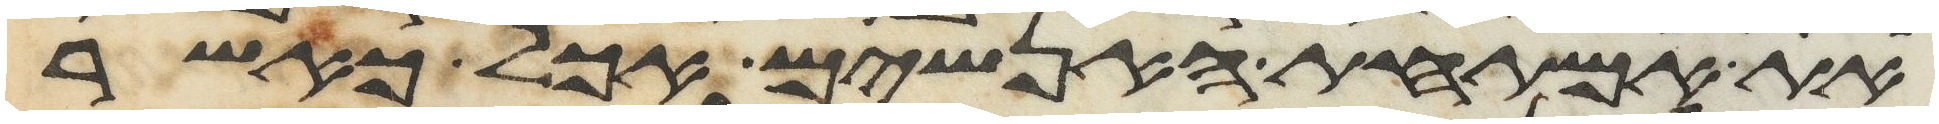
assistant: את אמתחת האנשים אכל כאשר